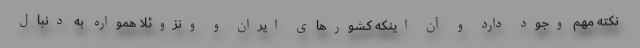
نکته مهم وجود دارد و آن اینکه کشورهای ایران و ونزوئلا همواره به دنبال